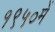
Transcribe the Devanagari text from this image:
१९५०में